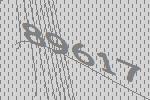
89617